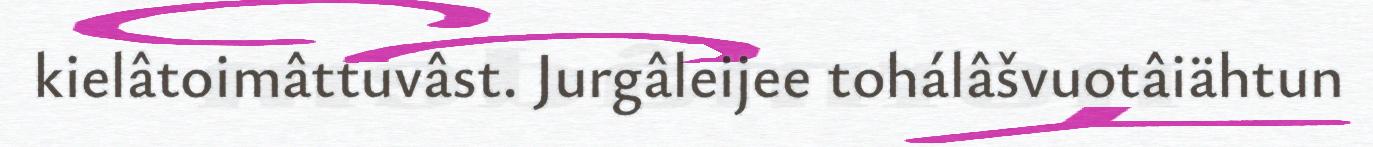
kielâtoimâttuvâst. Jurgâleijee tohálâšvuotâiähtun